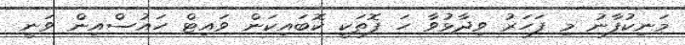
މަނިކުފާނު މި ފަހަރު ވިދާޅުވާ ހަ ފޮތަކީ ކޮބައިކަން ވައިޓް ހައުސްއިން ވަނީ